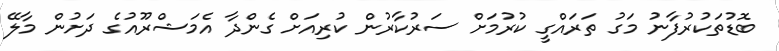
ބޮޑުތަކުރުފާނު މަގު ތަރައްގީ ކުރުމަށް ސަރުކާރުން ކުރިއަށް ގެންދާ އެމަޝްރޫއުގެ ދަށުން މާލޭ